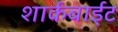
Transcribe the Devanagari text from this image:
शार्कबाईट